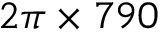
2 \pi \times 7 9 0